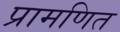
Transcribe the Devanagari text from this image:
प्रामणित